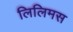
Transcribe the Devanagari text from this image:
लिलिमस